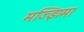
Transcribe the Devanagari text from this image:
मज्झिमा